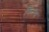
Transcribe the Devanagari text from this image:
किल्वा